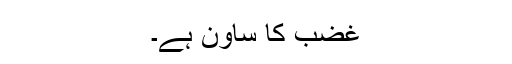
غضب کا ساون ہے۔